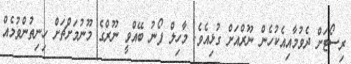
ރިސޯޓަށް ދެވުމާއިއެކުހެން ނޫރްއަށް ގުޅިއެވެ. މާހިލް ފޯނު ބޭއްވީ ނޫރްގެ މޫނުމަށްޗަށް ހިނިތުންވުމެއް